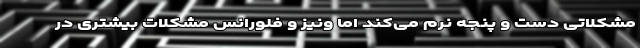
مشکلاتی دست و پنجه نرم می‌کند اما ونیز و فلورانس مشکلات بیشتری در